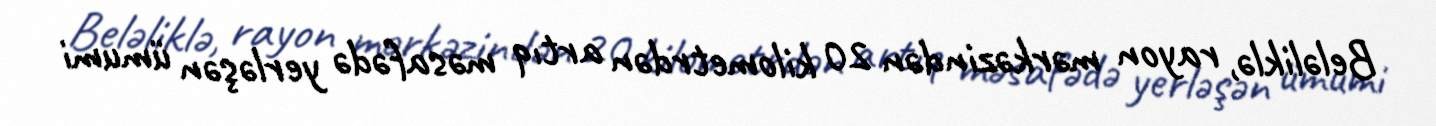
Beləliklə, rayon mərkəzindən 20 kilometrdən artıq məsafədə yerləşən ümumi